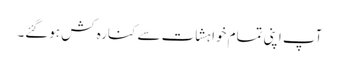
آپ اپنی تمام خواہشات سے کنارہ کش ہوگئے۔